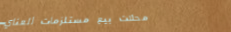
محلات بيع مستلزمات العناي